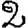
Digit: 2